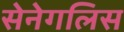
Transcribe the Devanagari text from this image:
सेनेगलिस